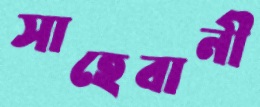
সাহেবানী